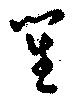
笙